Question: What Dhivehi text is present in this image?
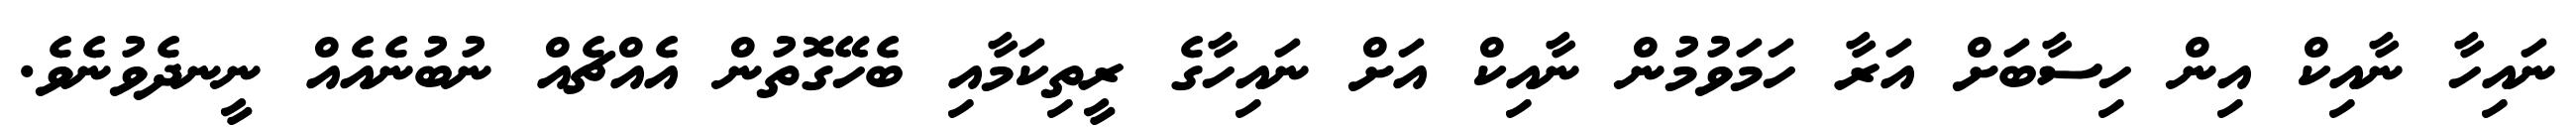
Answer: ނައިހާ ނާއިކް އިން ހިސާބަށް އަރާ ހަމަވުމުން ނާއިކް އަށް ނައިހާގެ ރީތިކަމާއި ބެހޭގޮތުން އެއްޗެއް ނުބުނެއެއް ނީނދެވުނެވެ.